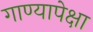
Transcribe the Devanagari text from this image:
गाण्यापेक्षा